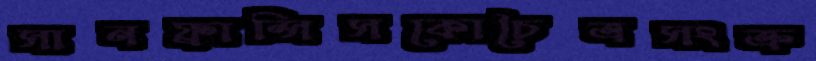
সানফ্রান্সিসকোচৈত্রসংক্র